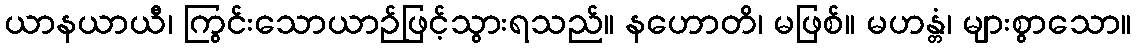
ယာနယာယီ၊ ကြွင်းသောယာဉ်ဖြင့်သွားရသည်။ နဟောတိ၊ မဖြစ်။ မဟန္တံ၊ များစွာသော။